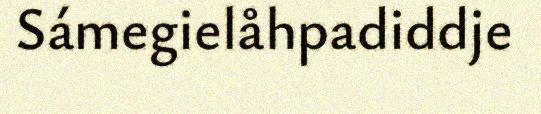
Sámegielåhpadiddje